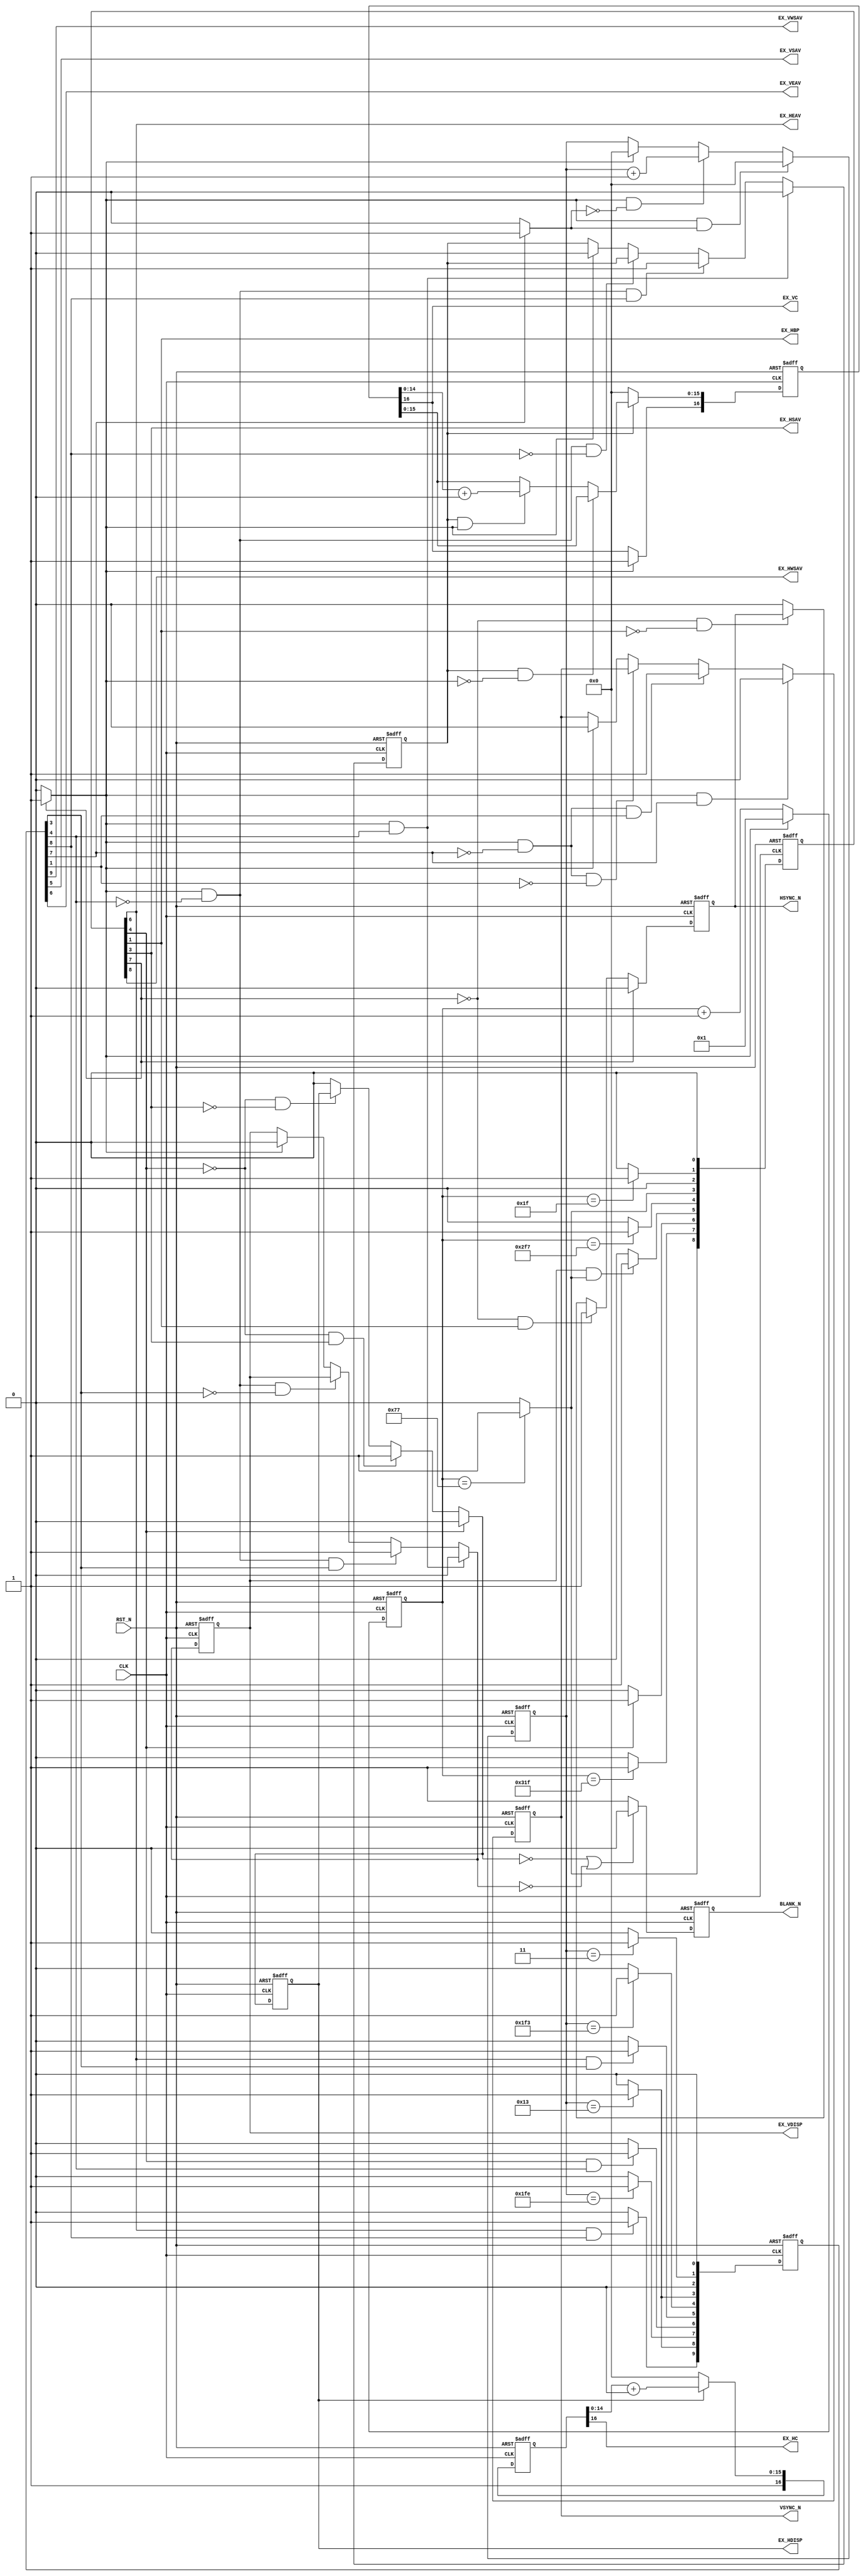
//------------------------------------------------------------------------------
//
//  syncgen.v : display timing generator module
//
//  LICENSE : "as-is"
//  TakeshiNagashima(T.NG) caramelgete@gmail.com
//------------------------------------------------------------------------------
//  2013/feb/22 release 0.0  connection test
//  2014/jan/10 release 0.1  preview
//
//------------------------------------------------------------------------------

module syncgen #(
	parameter	hor_total=16'd800,		// horizontal total
	parameter	hor_addr =16'd640,		// horizontal display
	parameter	hor_fp   =16'd56,		// horizontal front porch (+margin)
	parameter	hor_sync =16'd32,		// horizontal sync
	parameter	hor_bp   =16'd88,		// horizontal back porch (+margin)
	parameter	ver_total=16'd511,		// vertical total
	parameter	ver_addr =16'd480,		// vertical display
	parameter	ver_fp   =16'd11,		// vertical front porch (+margin)
	parameter	ver_sync =16'd4,		// vertical sync
	parameter	ver_bp   =16'd16,		// vertical back porch (+margin)
	parameter	hor_wpos =16'h0000,		// horizontal window start
	parameter	ver_wpos =16'h0000,		// vertical window start
	parameter	hor_up   =16'h8000,		// horizontal resize
	parameter	ver_up   =16'h8000		// vertical resize
) (
	output			HSYNC_N,			// out   [SYNC] #hsync
	output			VSYNC_N,			// out   [SYNC] #vsync
	output			BLANK_N,			// out   [SYNC] #blank/de

	output			EX_HDISP,			// out   [SYNC] horizontal disp
	output			EX_VDISP,			// out   [SYNC] vertical disp
	output			EX_HBP,				// out   [SYNC] horizontal backporch
	output			EX_HWSAV,			// out   [SYNC] horizontal window sav
	output			EX_HSAV,			// out   [SYNC] horizontal sav
	output			EX_HEAV,			// out   [SYNC] horizontal eav
	output			EX_HC,				// out   [SYNC] horizontal countup
	output			EX_VWSAV,			// out   [SYNC] vertical window sav
	output			EX_VSAV,			// out   [SYNC] vertical sav
	output			EX_VEAV,			// out   [SYNC] vertical eav
	output			EX_VC,				// out   [SYNC] vertical countup

	input			RST_N,				// in    [SYNC] #reset
	input			CLK					// in    [SYNC] dot clock
);

//--------------------------------------------------------------
//  constant

//--------------------------------------------------------------
//  signal

	wire	[15:0] hcount_w;
	reg		[15:0] hcount_r;
	wire	[15:0] vcount_w;
	reg		[15:0] vcount_r;
	wire	[15:0] hcount_inc;
	wire	[15:0] vcount_inc;
	wire	hcount_end;
	wire	[9:0] htiming_w;
	reg		[9:0] htiming_r;
	wire	vcount_end;
	wire	[9:0] vtiming_w;
	reg		[9:0] vtiming_r;
	wire	[16:0] hdiv_w;
	reg		[16:0] hdiv_r;
	wire	[16:0] vdiv_w;
	reg		[16:0] vdiv_r;

	wire	hsync_n_w;
	reg		hsync_n_r;
	wire	vsync_n_w;
	reg		vsync_n_r;
	wire	hblank_n_w;
	reg		hblank_n_r;
	wire	hwblank_n_w;
	reg		hwblank_n_r;
	wire	vblank_n_w;
	reg		vblank_n_r;
	wire	vwblank_n_w;
	reg		vwblank_n_r;
	wire	vnext_w;
	reg		vnext_r;
	wire	blank_n_w;
	reg		blank_n_r;

//--------------------------------------------------------------
//  design

	// ---- display signal ----

	assign HSYNC_N=hsync_n_r;
	assign VSYNC_N=vsync_n_r;
	assign BLANK_N=blank_n_r;

	assign EX_HDISP=hblank_n_r;
	assign EX_VDISP=vblank_n_r;

	assign EX_HBP=htiming_r[1];
	assign EX_HWSAV=htiming_r[8];
	assign EX_HSAV=htiming_r[3];
	assign EX_HEAV=htiming_r[6];
	assign EX_HC=hdiv_r[16];
	assign EX_VWSAV=vtiming_r[9];
	assign EX_VSAV=vtiming_r[5];
	assign EX_VEAV=vtiming_r[6];
	assign EX_VC=vdiv_r[16];

	// ---- diplay timing control ----

	wire	[15:0] h_sbp;
	wire	[15:0] h_wsav;
	wire	[15:0] h_sav;
	wire	[15:0] h_eav;
	wire	[15:0] h_end;
	wire	[15:0] v_sbp;
	wire	[15:0] v_wsav;
	wire	[15:0] v_sav;
	wire	[15:0] v_eav;
	wire	[15:0] v_end;

	assign h_sbp[15:0]=hor_sync[15:0]-1;
	assign h_wsav[15:0]=hor_sync[15:0]+hor_bp[15:0]+hor_wpos[15:0]-1;
	assign h_sav[15:0]=hor_sync[15:0]+hor_bp[15:0]-1;
	assign h_eav[15:0]=hor_sync[15:0]+hor_bp[15:0]+hor_addr[15:0]-1;
	assign h_end[15:0]=hor_total[15:0]-1;
	assign v_sbp[15:0]=ver_sync[15:0]-1;
	assign v_wsav[15:0]=ver_sync[15:0]+ver_bp[15:0]+ver_wpos[15:0]-1;
	assign v_sav[15:0]=ver_sync[15:0]+ver_bp[15:0]-1;
	assign v_eav[15:0]=ver_sync[15:0]+ver_bp[15:0]+ver_addr[15:0]-1;
	assign v_end[15:0]=ver_total[15:0]-1;

	// ---- ----

	always @(posedge CLK or negedge RST_N)
	begin
		if (RST_N==1'b0)
			begin
				hcount_r[15:0] <= 16'h001;
				htiming_r[9:0] <= 10'h00;
				vcount_r[15:0] <= 16'h000;
				vtiming_r[9:0] <= 10'h00;
				hsync_n_r <= 1'b0;
				vsync_n_r <= 1'b0;
				hblank_n_r <= 1'b0;
				hwblank_n_r <= 1'b0;
				vblank_n_r <= 1'b0;
				vwblank_n_r <= 1'b0;
				vnext_r <= 1'b0;
				blank_n_r <= 1'b0;
				hdiv_r[16:0] <= 17'b0;
				vdiv_r[16:0] <= 17'b0;
			end
		else
			begin
				hcount_r[15:0] <= hcount_w[15:0];
				htiming_r[9:0] <= htiming_w[9:0];
				vcount_r[15:0] <= vcount_w[15:0];
				vtiming_r[9:0] <= vtiming_w[9:0];
				hsync_n_r <= hsync_n_w;
				vsync_n_r <= vsync_n_w;
				hblank_n_r <= hblank_n_w;
				hwblank_n_r <= hwblank_n_w;
				vblank_n_r <= vblank_n_w;
				vwblank_n_r <= vwblank_n_w;
				vnext_r <= vnext_w;
				blank_n_r <= blank_n_w;
				hdiv_r[16:0] <= hdiv_w[16:0];
				vdiv_r[16:0] <= vdiv_w[16:0];
			end
	end

	assign hcount_inc[15:0]=hcount_r[15:0]+16'h001;
	assign vcount_inc[15:0]=vcount_r[15:0]+16'h001;

	assign hcount_end=(htiming_r[7]==1'b1) ? 1'b1 : 1'b0;
	assign vcount_end=(vtiming_r[7]==1'b1) ? 1'b1 : 1'b0;

	assign hcount_w[15:0]=
			(hcount_end==1'b1) ? 16'h001 :
			(hcount_end==1'b0) ? hcount_inc[15:0] :
			16'h001;

	assign vcount_w[15:0]=
			(hcount_end==1'b1) & (vcount_end==1'b1) ? 16'h000 :
			(hcount_end==1'b1) & (vcount_end==1'b0) ? vcount_inc[15:0] :
			(hcount_end==1'b0) ? vcount_r[15:0] :
			16'h000;

	assign htiming_w[0]=1'b0;
	assign htiming_w[1]=(hcount_r[15:0]==h_sbp[15:0]) ? 1'b1 : 1'b0;
	assign htiming_w[2]=1'b0;
	assign htiming_w[3]=(hcount_r[15:0]==h_sav[15:0]) ? 1'b1 : 1'b0;
	assign htiming_w[4]=(hcount_r[15:0]==h_eav[15:0]) ? 1'b1 : 1'b0;
	assign htiming_w[5]=(vblank_n_r==1'b1) & (htiming_w[3]==1'b1) ? 1'b1 : 1'b0;
	assign htiming_w[6]=(htiming_r[4]==1'b1) ? 1'b1 : 1'b0;
	assign htiming_w[7]=(hcount_r[15:0]==h_end[15:0]) ? 1'b1 : 1'b0;

	assign htiming_w[8]=(hcount_r[15:0]==h_wsav[15:0]) ? 1'b1 : 1'b0;
	assign htiming_w[9]=1'b0;

	assign vtiming_w[0]=1'b0;
	assign vtiming_w[1]=(vcount_r[15:0]==v_sbp[15:0]) ? 1'b1 : 1'b0;
	assign vtiming_w[2]=1'b0;
	assign vtiming_w[3]=(vcount_r[15:0]==v_sav[15:0]) ? 1'b1 : 1'b0;
	assign vtiming_w[4]=(vcount_r[15:0]==v_eav[15:0]) ? 1'b1 : 1'b0;
	assign vtiming_w[5]=(htiming_r[6]==1'b1) & (vtiming_r[3]==1'b1) ? 1'b1 : 1'b0;
	assign vtiming_w[6]=(htiming_r[4]==1'b1) & (vtiming_r[4]==1'b1) ? 1'b1 : 1'b0;
	assign vtiming_w[7]=(vcount_r[15:0]==v_end[15:0]) ? 1'b1 : 1'b0;

	assign vtiming_w[8]=(vcount_r[15:0]==v_wsav[15:0]) ? 1'b1 : 1'b0;
	assign vtiming_w[9]=(htiming_r[6]==1'b1) & (vtiming_r[8]==1'b1) ? 1'b1 : 1'b0;

	assign hsync_n_w=
			(htiming_r[7]==1'b1) ? 1'b0 :
			(htiming_r[7]==1'b0) & (htiming_r[1]==1'b1) ? 1'b1 :
			(htiming_r[7]==1'b0) & (htiming_r[1]==1'b0) ? hsync_n_r :
			1'b0;

	assign vsync_n_w=
			(hcount_end==1'b1) & (vtiming_r[7]==1'b1) ? 1'b0 :
			(hcount_end==1'b1) & (vtiming_r[7]==1'b0) & (vtiming_r[1]==1'b1) ? 1'b1 :
			(hcount_end==1'b1) & (vtiming_r[7]==1'b0) & (vtiming_r[1]==1'b0) ? vsync_n_r :
			(hcount_end==1'b0) ? vsync_n_r :
			1'b0;

	assign hblank_n_w=
			(htiming_r[4]==1'b1) ? 1'b0 :
			(htiming_r[4]==1'b0) & (htiming_r[3]==1'b1) ? 1'b1 :
			(htiming_r[4]==1'b0) & (htiming_r[3]==1'b0) ? hblank_n_r :
			1'b0;

	assign hwblank_n_w=
			(htiming_r[4]==1'b1) ? 1'b0 :
			(htiming_r[4]==1'b0) & (htiming_r[8]==1'b1) ? 1'b1 :
			(htiming_r[4]==1'b0) & (htiming_r[8]==1'b0) ? hwblank_n_r :
			1'b0;

	assign vblank_n_w=
			(hcount_end==1'b1) & (vtiming_r[4]==1'b1) ? 1'b0 :
			(hcount_end==1'b1) & (vtiming_r[4]==1'b0) & (vtiming_r[3]==1'b1) ? 1'b1 :
			(hcount_end==1'b1) & (vtiming_r[4]==1'b0) & (vtiming_r[3]==1'b0) ? vblank_n_r :
			(hcount_end==1'b0) ? vblank_n_r :
			1'b0;

	assign vwblank_n_w=
			(hcount_end==1'b1) & (vtiming_r[4]==1'b1) ? 1'b0 :
			(hcount_end==1'b1) & (vtiming_r[4]==1'b0) & (vtiming_r[8]==1'b1) ? 1'b1 :
			(hcount_end==1'b1) & (vtiming_r[4]==1'b0) & (vtiming_r[8]==1'b0) ? vwblank_n_r :
			(hcount_end==1'b0) ? vwblank_n_r :
			1'b0;

	assign vnext_w=
			(hcount_end==1'b1) & (vblank_n_r==1'b0) ? 1'b0 :
			(hcount_end==1'b1) & (vblank_n_r==1'b1) ? !vnext_r :
			(hcount_end==1'b0) ? vnext_r :
			1'b0;

	assign blank_n_w=(hblank_n_w==1'b0) | (vblank_n_w==1'b0) ? 1'b0 : 1'b1;

	assign hdiv_w[16]=
		//	(hblank_n_r==1'b0) ? 1'b1 :
		//	(hblank_n_r==1'b1) & (hor_up[15]==1'b1) ? 1'b1 :
		//	(hblank_n_r==1'b1) & (hor_up[15]==1'b0) ? hdiv_w[15] :
		//	1'b0;
			(hor_up[15]==1'b1) ? 1'b1 :
			(hor_up[15]==1'b0) ? hdiv_w[15] :
			1'b0;

//	assign hdiv_w[15:0]=(hblank_n_r==1'b0) ? {1'b0,hor_up[14:0]} : {1'b0,hdiv_r[14:0]}+{1'b0,hor_up[14:0]};
	assign hdiv_w[15:0]=(hblank_n_r==1'b0) ? 16'b0 : {1'b0,hdiv_r[14:0]}+{1'b0,hor_up[14:0]};

	assign vdiv_w[16]=
		//	(vblank_n_r==1'b0) ? 1'b1 :
		//	(vblank_n_r==1'b1) & (hcount_end==1'b0) ? vdiv_r[16] :
		//	(vblank_n_r==1'b1) & (hcount_end==1'b1) & (ver_up[15]==1'b1) ? 1'b1 :
		//	(vblank_n_r==1'b1) & (hcount_end==1'b1) & (ver_up[15]==1'b0) ? vdiv_w[15] :
		//	1'b0;
			(hcount_end==1'b0) ? vdiv_r[16] :
			(hcount_end==1'b1) & (ver_up[15]==1'b1) ? 1'b1 :
			(hcount_end==1'b1) & (ver_up[15]==1'b0) ? vdiv_w[15] :
			1'b0;

	assign vdiv_w[15:0]=
//			(vwblank_n_r==1'b0) ? 16'b0 ://{1'b0,ver_up[14:0]} :
			(vwblank_n_r==1'b0) ? {1'b0,ver_up[14:0]} :
			(vwblank_n_r==1'b1) & (hcount_end==1'b0) ? vdiv_r[15:0] :
			(vwblank_n_r==1'b1) & (hcount_end==1'b1) ? {1'b0,vdiv_r[14:0]}+{1'b0,ver_up[14:0]} :
			vdiv_r[15:0];

endmodule